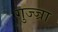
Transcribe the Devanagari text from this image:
गुज्ज्रा